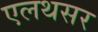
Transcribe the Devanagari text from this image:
एलथसर